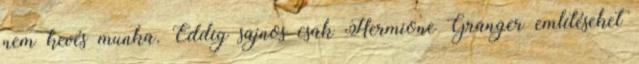
nem kevés munka. Eddig sajnos csak Hermione Granger említéseket